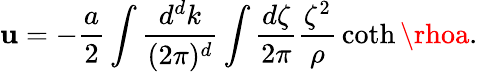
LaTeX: \mathbf{u}=-{\frac{{a}}{{2}}}\int{\frac{{d^{d}k}}{{(2\pi)^{d}}}}\int{\frac{{d\zeta}}{{2\pi}}}{\frac{{\zeta^{2}}}{{\rho}}}\coth\rhoa.